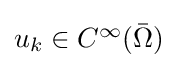
{\textstyle u_{k}\in C^{\infty }({\bar {\Omega }})}